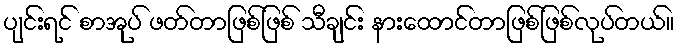
ပျင်းရင် စာအုပ် ဖတ်တာဖြစ်ဖြစ် သီချင်း နားထောင်တာဖြစ်ဖြစ်လုပ်တယ်။